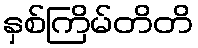
နှစ်ကြိမ်တိတိ